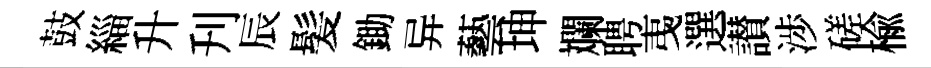
鼓緇升刋辰髪鋤异藝坤斕聘𢎯選讃渉磋榆